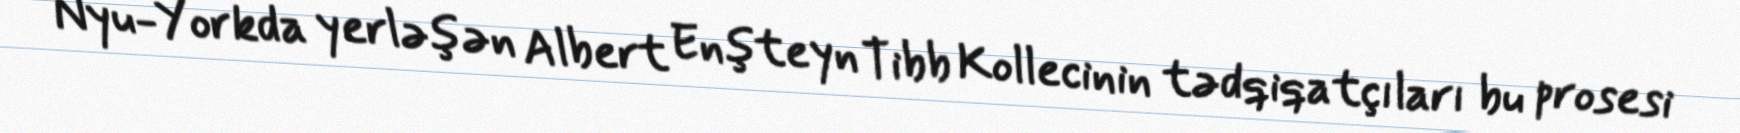
Nyu-Yorkda yerləşən Albert Enşteyn Tibb Kollecinin tədqiqatçıları bu prosesi